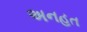
અનહત